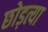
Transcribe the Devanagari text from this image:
छोड़त्या